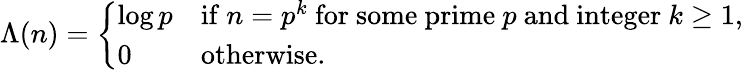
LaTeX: \Lambda(n)={\left\{ \begin{array}{ll}{\log p}&{{\mathrm{if~}}n=p^{k}{\mathrm{~for~some~prime~}}p{\mathrm{~and~integer~}}k\geq 1,}\\ {0}&{{\mathrm{otherwise.}}}\end{array}\right.}